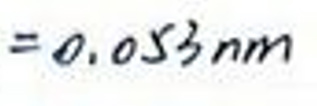
$= 0.053 n m$